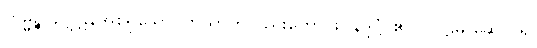
ကမ္မဉ္စ၊ ဥဂ္ဃဋနအစရှိသော ကြိယာကိုလည်းကောင်း။ နိဒ္ဒိဋ္ဌံ၊ ၏။ (ပါဠိမှ ဆောင်၍